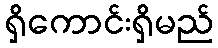
ရှိကောင်းရှိမည်